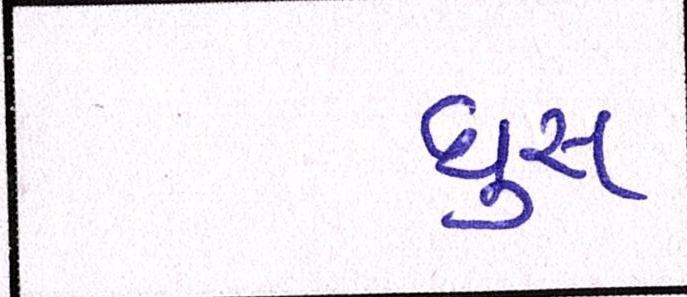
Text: ઘુસ